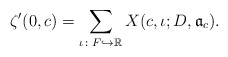
\begin{align*} \zeta'(0,c)=\sum_{\iota\colon F \hookrightarrow \mathbb R}X(c,\iota;D,\mathfrak a_c).\end{align*}